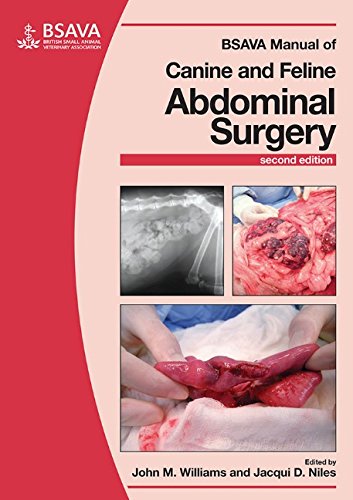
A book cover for BSAVA Manual of Canine and Feline Abdominal Surgery; John M. Williams; Medical Books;